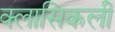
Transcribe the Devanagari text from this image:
क्लासिकली